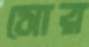
সোর